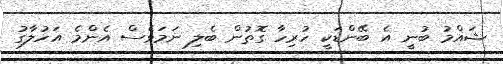
ޝައްމު ބުނީ އެ ބޭންޑަކީ ހުރިހާ ގޮތުން ބެލި ނަމަވެސް އެންމެ އަހުލާގު